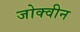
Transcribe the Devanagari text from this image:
जोक्वीन